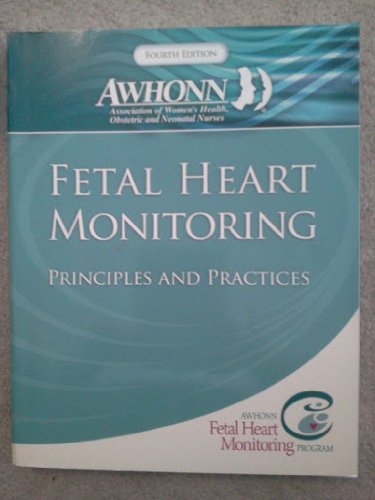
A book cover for Fetal Heart Monitoring Principles and Practices 4th Edition (Awhonn, Fetal Heart Monitoring); Awhonn; Medical Books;